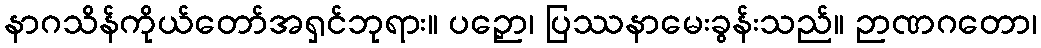
နာဂသိန်ကိုယ်တော်အရှင်ဘုရား။ ပဉှော၊ ပြဿနာမေးခွန်းသည်။ ဉာဏဂတော၊